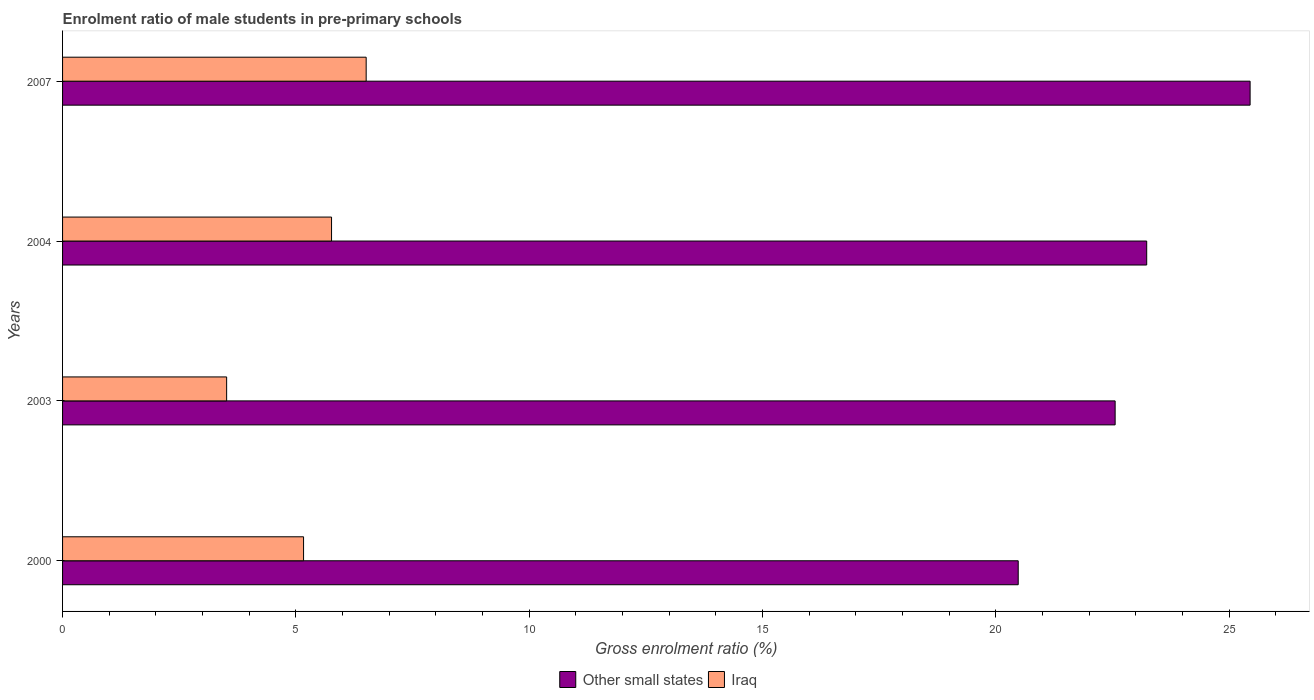
| Years | Other small states | Iraq |
 | --- | --- | --- |
 | 2000 | 20.5 | 5.16 |
 | 2003 | 22.6 | 3.52 |
 | 2004 | 23.2 | 5.76 |
 | 2007 | 25.4 | 6.51 |